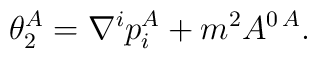
\theta^A_2 =\nabla^i p_i^A +m^2A^{0\, A}.